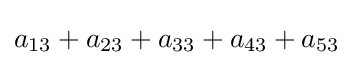
a_{13}+a_{23}+a_{33}+a_{43}+a_{53}